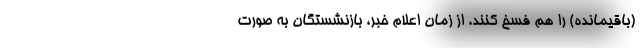
(باقیمانده) را هم فسخ کنند. از زمان اعلام خبر، بازنشستگان به صورت